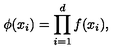
\phi ( x _ { i } ) = \prod _ { i = 1 } ^ { d } f ( x _ { i } ) ,